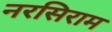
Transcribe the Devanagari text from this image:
नरसिराम